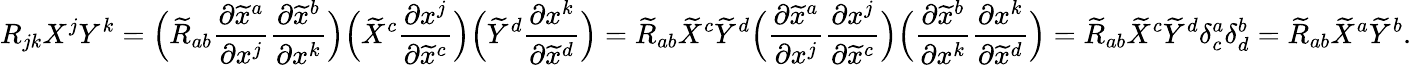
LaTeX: R_{jk}X^{j}Y^{k}={\Big(}{\widetilde{R}}_{ab}{\frac{\partial{\widetilde{x}}^{a}}{\partial x^{j}}}{\frac{\partial{\widetilde{x}}^{b}}{\partial x^{k}}}{\Big)}{\Big(}{\widetilde{X}}^{c}{\frac{\partial x^{j}}{\partial{\widetilde{x}}^{c}}}{\Big)}{\Big(}{\widetilde{Y}}^{d}{\frac{\partial x^{k}}{\partial{\widetilde{x}}^{d}}}{\Big)}={\widetilde{R}}_{ab}{\widetilde{X}}^{c}{\widetilde{Y}}^{d}{\Big(}{\frac{\partial{\widetilde{x}}^{a}}{\partial x^{j}}}{\frac{\partial x^{j}}{\partial{\widetilde{x}}^{c}}}{\Big)}{\Big(}{\frac{\partial{\widetilde{x}}^{b}}{\partial x^{k}}}{\frac{\partial x^{k}}{\partial{\widetilde{x}}^{d}}}{\Big)}={\widetilde{R}}_{ab}{\widetilde{X}}^{c}{\widetilde{Y}}^{d}\delta_{c}^{a}\delta_{d}^{b}={\widetilde{R}}_{ab}{\widetilde{X}}^{a}{\widetilde{Y}}^{b}.